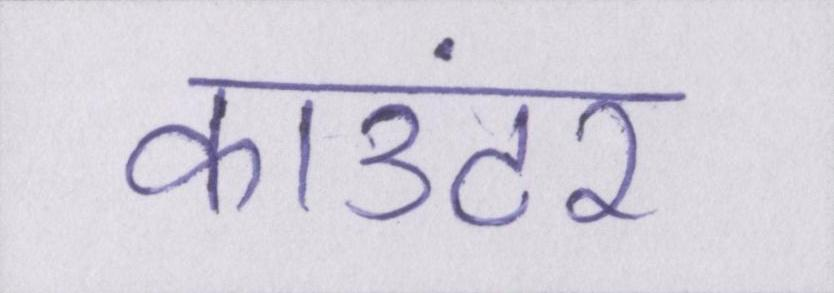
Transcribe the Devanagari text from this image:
काउंटर